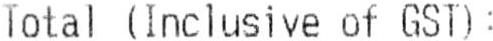
TOTAL (INCLUSIVE OF GST):